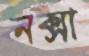
নক্সা